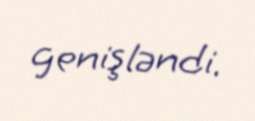
genişləndi.